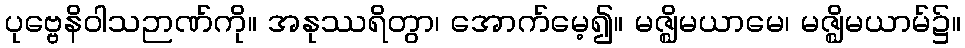
ပုဗ္ဗေနိဝါသဉာဏ်ကို။ အနုဿရိတွာ၊ အောက်မေ့၍။ မဇ္ဈိမယာမေ၊ မဇ္ဈိမယာမ်၌။